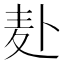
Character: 𫧮